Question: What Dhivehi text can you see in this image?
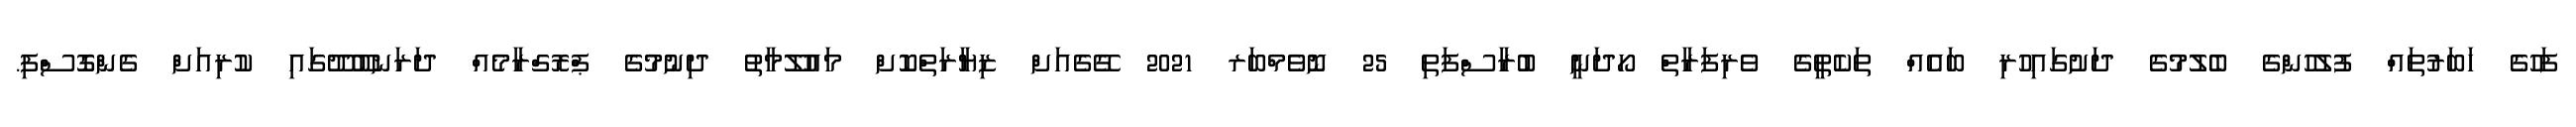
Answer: ފަހުގެ ހަބަރުތައް ފުލުހުންގެ ބެލުމުގެ ދަށުގައިހުރި ބައެއް ތަކެތީގެ ވެރިފަރާތް ހޯދަނީ ބުރާސްފަތި 25 ނޮވެމްބަރ 2021 ގޭގެއަށް ޒިޔާރަތްކޮށް މައުލޫމާތު ދިނުމުގެ ޕްރޮގްރާމެއް ދަރަނބޫދޫގައި ކުރިއަށް ގެންގޮސްފި.